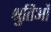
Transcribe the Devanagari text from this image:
श्रुतिओं